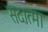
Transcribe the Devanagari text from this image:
सदात्मा